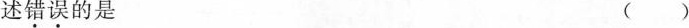
述错误的是 （）